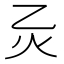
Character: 𪸍